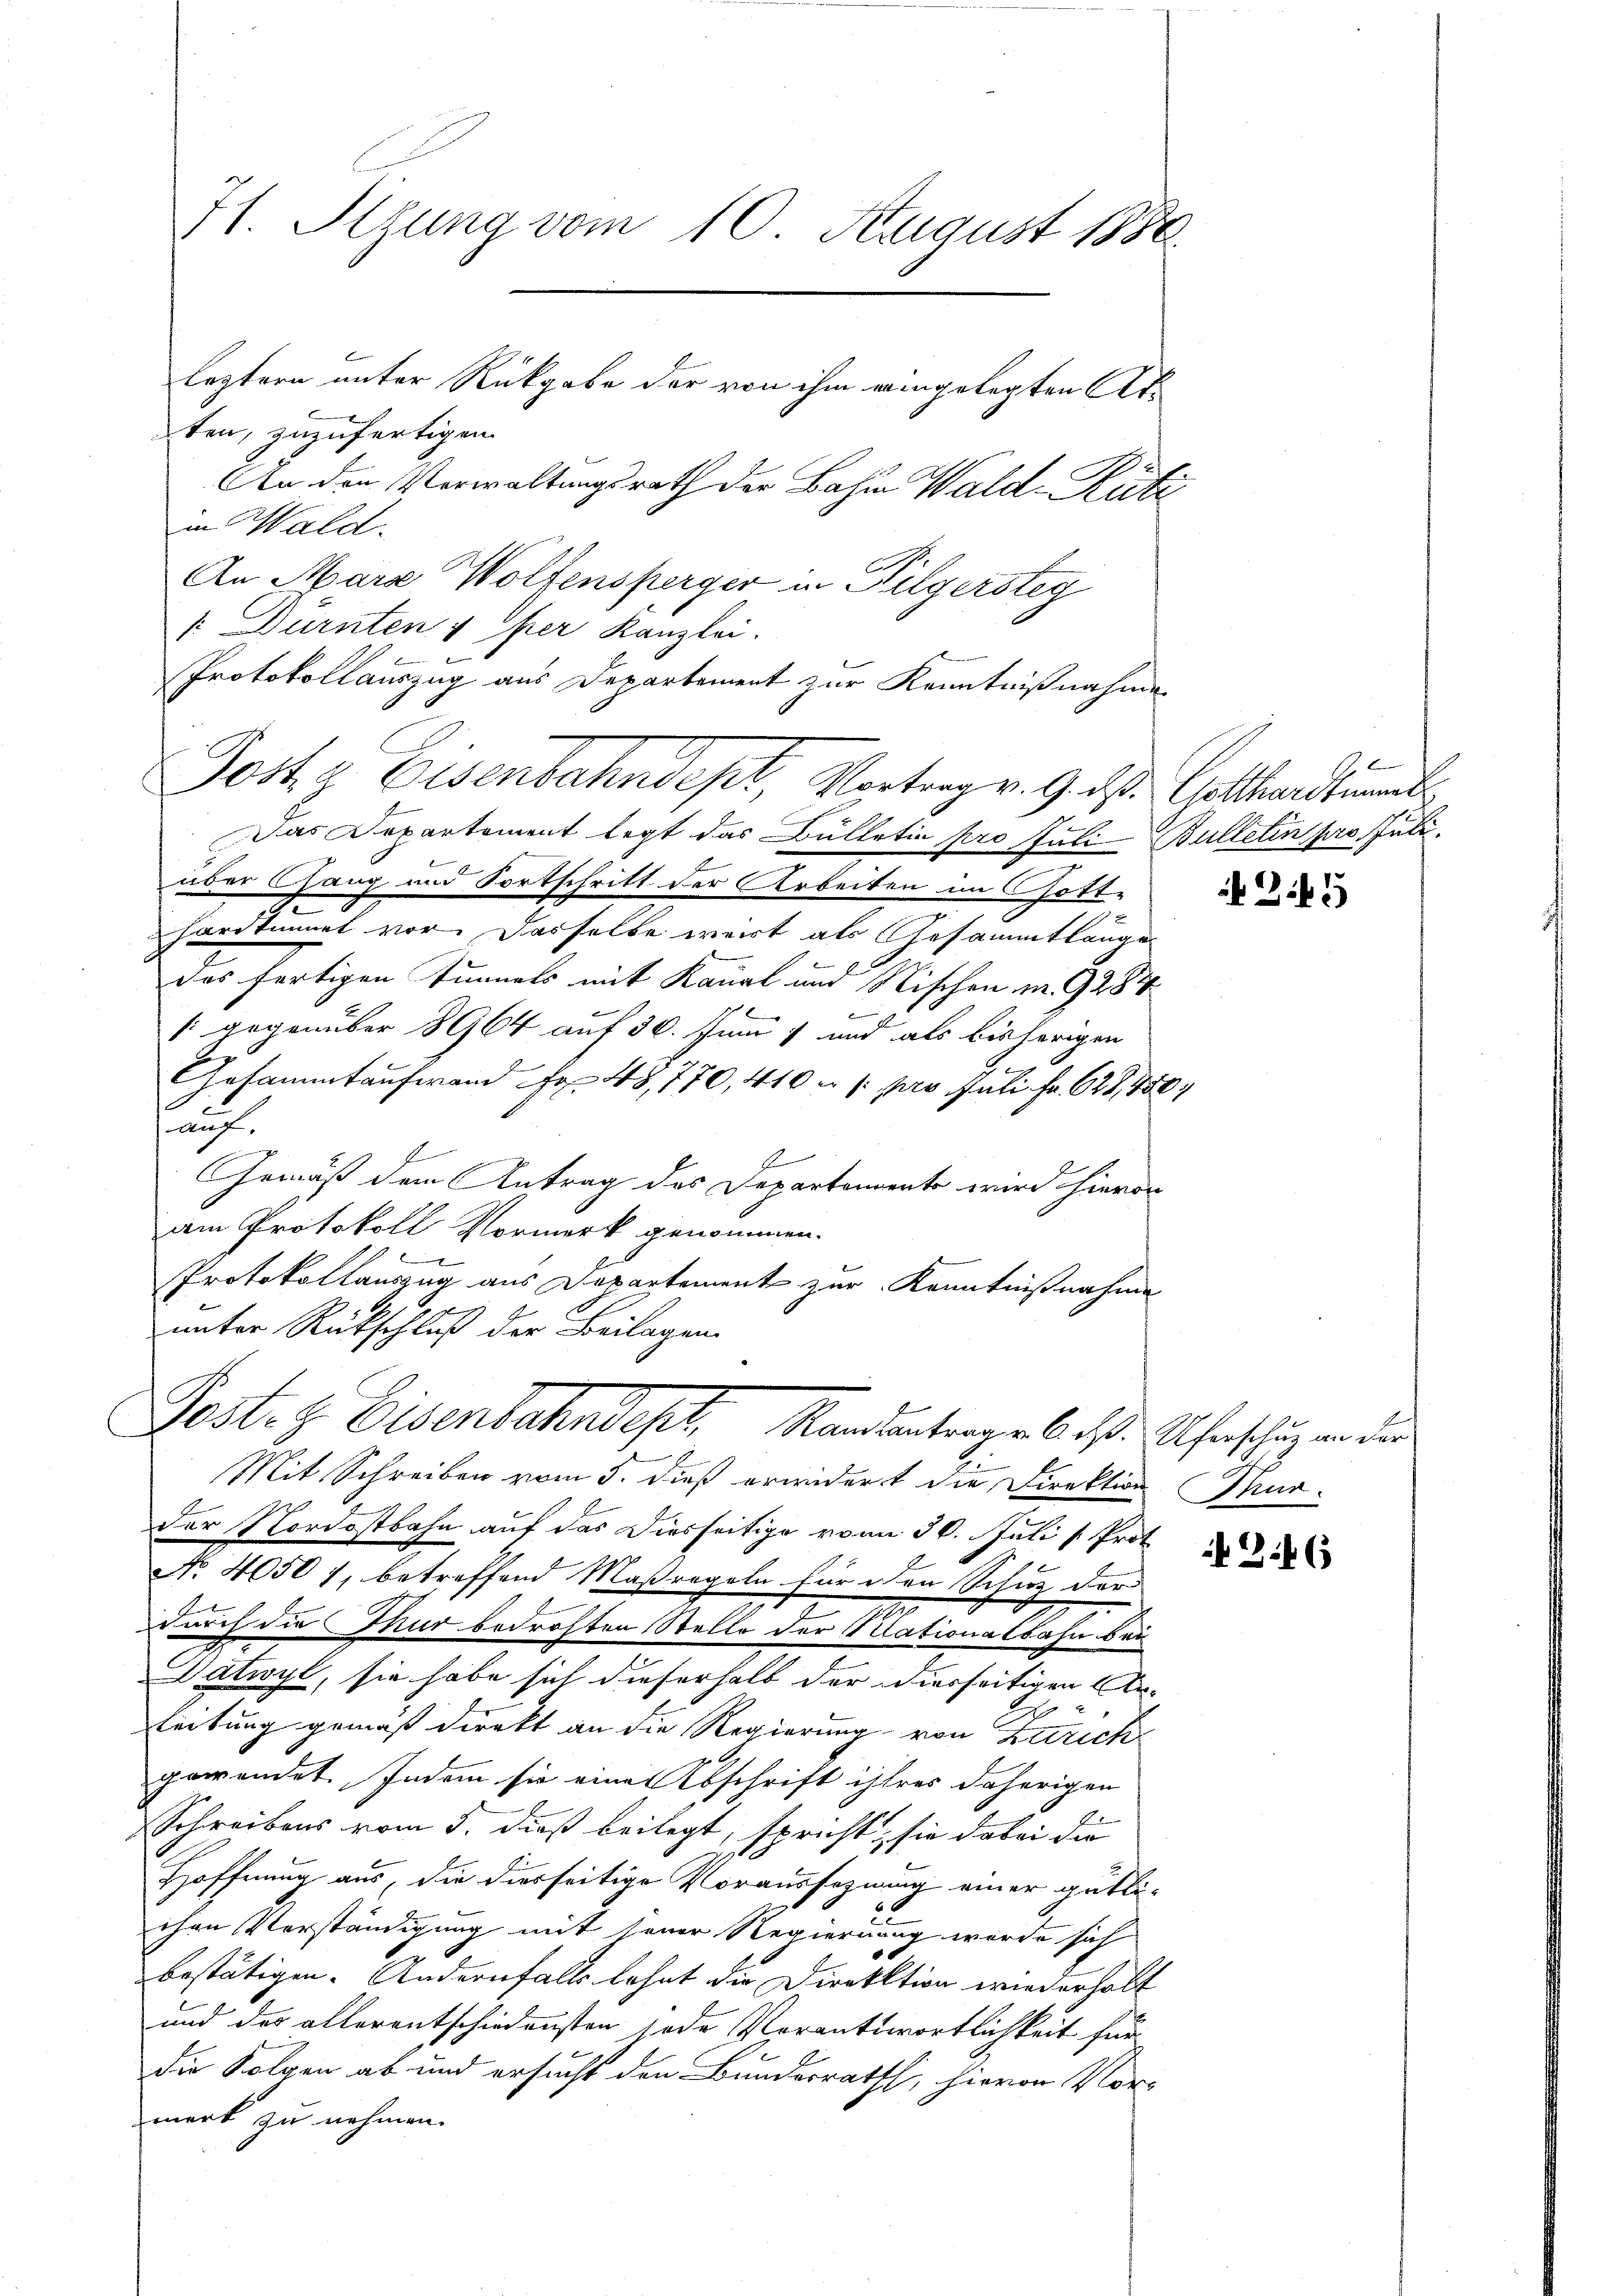
An Mara Wolfensperger in Pilgersteg
[ Dürnten 1 per Kanzlei.
Das Departement legt das Bülletia pro Juli Bulleten pr. Juli.
über Gang und Fortschritt der Arbeiten im Gott-
hardtimmet vor. Dasselbe weit als Gesammtlänge
das fertigen Tunnels mit Kanal und Nischen m. 9287
/: gegenüber 8964 auf 30. Juni 1 und als bisherigen
Gesammtaufwand Fr. 48,770, 410 u. s. pro Juli fr. 628,75
auf.

Gemäß dem Antrag des Departemente wird hievon
am Protokoll Vormerk genommen.
Protokollauszug aus Departement zur Kenntnißnahme
unter Rückschluß der Beilagen
Pestat Eisenbahndept, Randantragen bist. Unschung an der
Mit Schreiben vom 5. dieß erwidert die Direktion Thur-
der Nordostbahn auf das Diesseitige vom 30. Juli l. Prof.
No 4050 7, betreffend Maßregeln für den Schuz der
durch die Thur bedrohten Stello der Klationalbahn bau
Vatwyl, sie habe sich dieserhalb der derseitigen Ar¬
Leitung gemäß direkt an die Regierung von Zürich
gewendet. Indem sie eine Abschrift ihres daherigen
Schreibens vom 5. dieß beilegt, spricht, sie dabei die
Hoffnung aus, die dierseitige Voraussegnung einer gütli¬
2.
chen Vorständigung mit seiner Regierung wurde sich
x
bestätigen. Andernfalls lohnt die Direktion wiederholt
und der allerentschiedensten jede Verantwortlichkeit für
die Folgen ab und ersucht den Bundesrath, hievon Vor-
merk zu nehmen.

71. Stzung vom 10. August 1886.
leztern unter Rückgabe der von ihm eingelegten Atten, zuzufertigen.
An den Verwaltungsrath der Bahn Wald-Rüti
in Wald.

Protokollauszug aus Departement zur Kenntnißnahmen
Jottz Eisenbahndept, Vortrag v. 9. ds. Gotthardtun

2

246